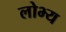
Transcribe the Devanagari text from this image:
लोभ्य